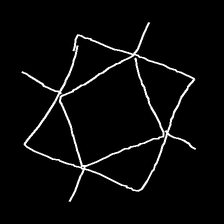
Glyph: light